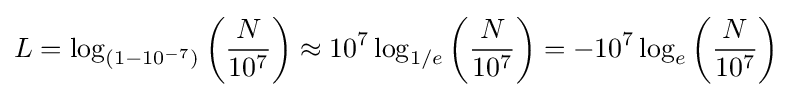
L=\log _{(1-10^{-7})}\left({\frac {N}{10^{7}}}\right)\approx 10^{7}\log _{1/e}\left({\frac {N}{10^{7}}}\right)=-10^{7}\log _{e}\left({\frac {N}{10^{7}}}\right)